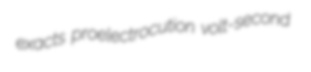
exacts proelectrocution volt-second